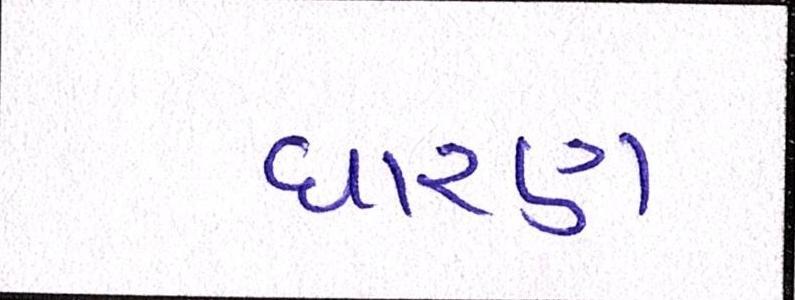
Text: ધારણ